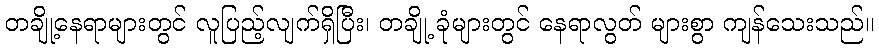
တချို့နေရာများတွင် လူပြည့်လျက်ရှိပြီး၊ တချို့ ခုံများတွင် နေရာလွတ် များစွာ ကျန်သေးသည်။